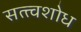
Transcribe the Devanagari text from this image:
सत्त्वशोध